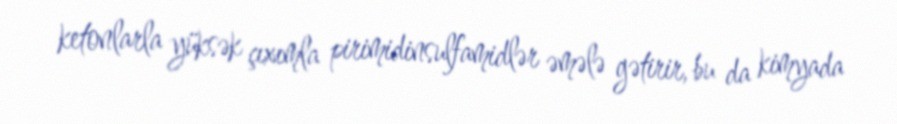
ketonlarla yüksək çıxımla pirimidinsulfamidlər əmələ gətirir, bu da kimyada